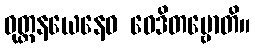
ဝုတ္တနယေနေဝ ဝေဒိတဗ္ဗောတိ။